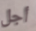
أجل